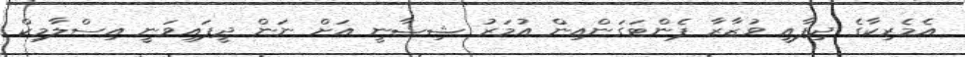
އެމެރިކާގެ ދިފާއީ ވުޒާރާ ޕެންޓަގަންއިން އުމަރު ޝިޝާނީ އަށް ނަން ދީފައިވަނީ އިސްލާމިކް